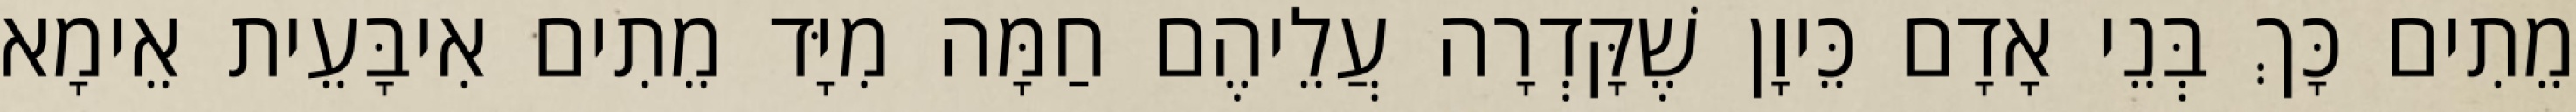
מֵתִים כָּךְ בְּנֵי אָדָם כֵּיוָן שֶׁקָּדְרָה עֲלֵיהֶם חַמָּה מִיָּד מֵתִים אִיבָּעֵית אֵימָא